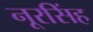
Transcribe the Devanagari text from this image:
नूरसिंह